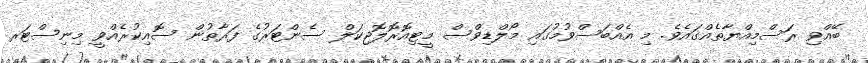
ބޭއްވި ރަސްމިއްޔާތެއްގައެވެ. މި އެއްބަސްވުމުގައި މޯލްޑިވްސް މީޓިއޮރޮލޮޖިކަލް ސެންޓަރުގެ ފަރާތުން ސޮއިކުރެއްވީ މިނިސްޓަރ